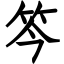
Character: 笒